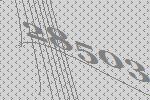
28503